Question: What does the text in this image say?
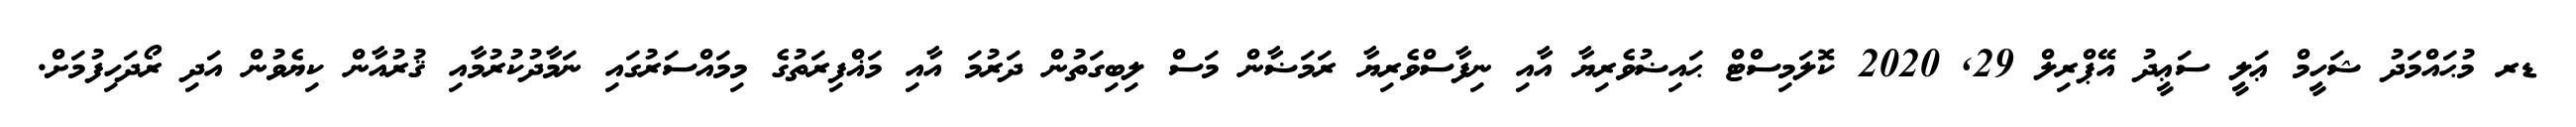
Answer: ޑރ މުޙައްމަދު ޝަހީމް ޢަލީ ސަޢީދު އޭޕްރިލް 29, 2020 ކޮލަމިސްޓް ޙައިޟުވެރިޔާ އާއި ނިފާސްވެރިޔާ ރަމަޟާން މަސް ލިބިގަތުން ދަރުމަ އާއި މަޣްފިރަތުގެ މިމައްސަރުގައި ނަމާދުކުރުމާއި ޤުރުއާން ކިޔެވުން އަދި ރޯދަހިފުމަށް.